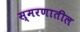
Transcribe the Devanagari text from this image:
स्मरणातील